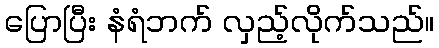
ပြောပြီး နံရံဘက် လှည့်လိုက်သည်။